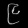
Digit: ၉